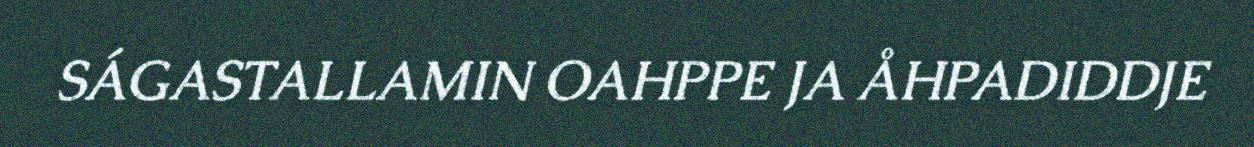
SÁGASTALLAMIN OAHPPE JA ÅHPADIDDJE